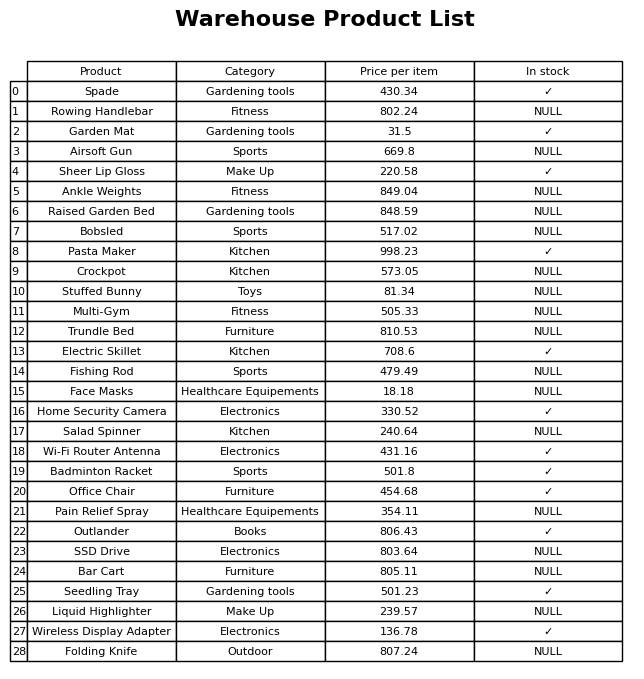
question: What is the stock status of the Salad Spinner?
answer: NULL